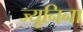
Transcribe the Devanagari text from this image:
ज्यूनिना